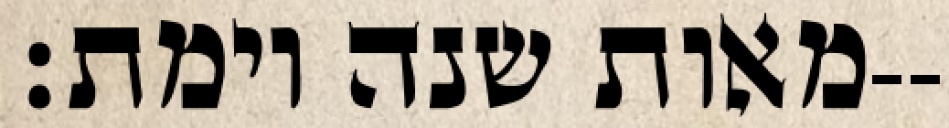
מאות שנה וימת׃--